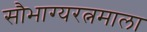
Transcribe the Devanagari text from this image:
सौभाग्यरत्नमाला